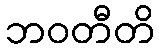
ဘဝတီတိ